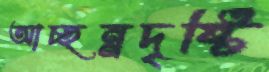
আচ্ছন্নদৃষ্টি